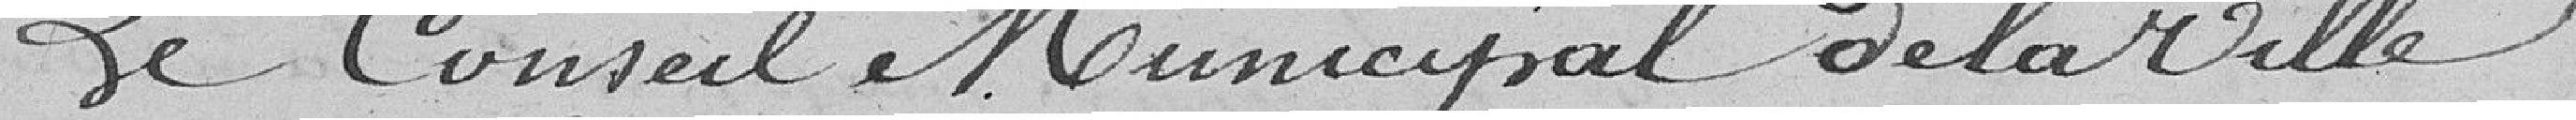
Le Conseil Municipal de la Ville